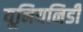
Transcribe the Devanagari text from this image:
यूनियनिडी